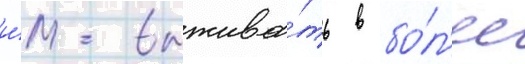
и́м выжива́ть в бо́л'ее